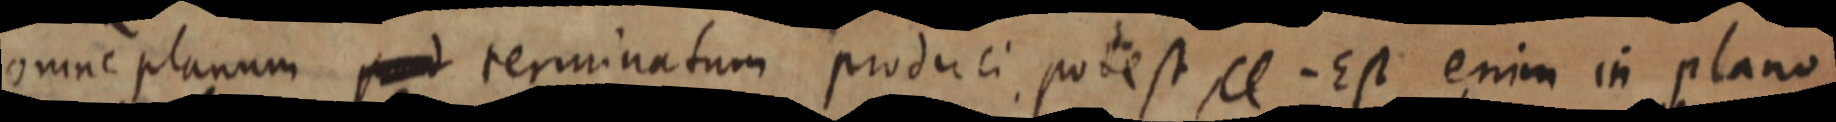
omne planum _ terminatum produci potest, ce. Est enim in plano